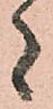
者